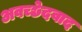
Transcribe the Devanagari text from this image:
अवच्छेदवाद